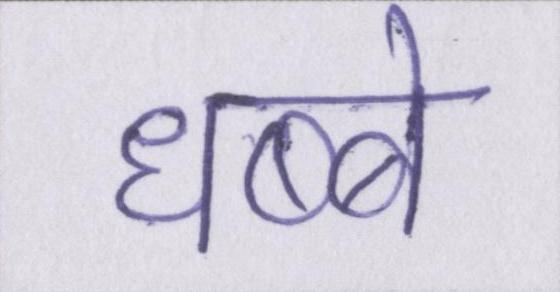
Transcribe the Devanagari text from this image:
धब्बे